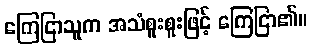
ကြေငြာသူက အသံစူးစူးဖြင့် ကြေငြာ၏။